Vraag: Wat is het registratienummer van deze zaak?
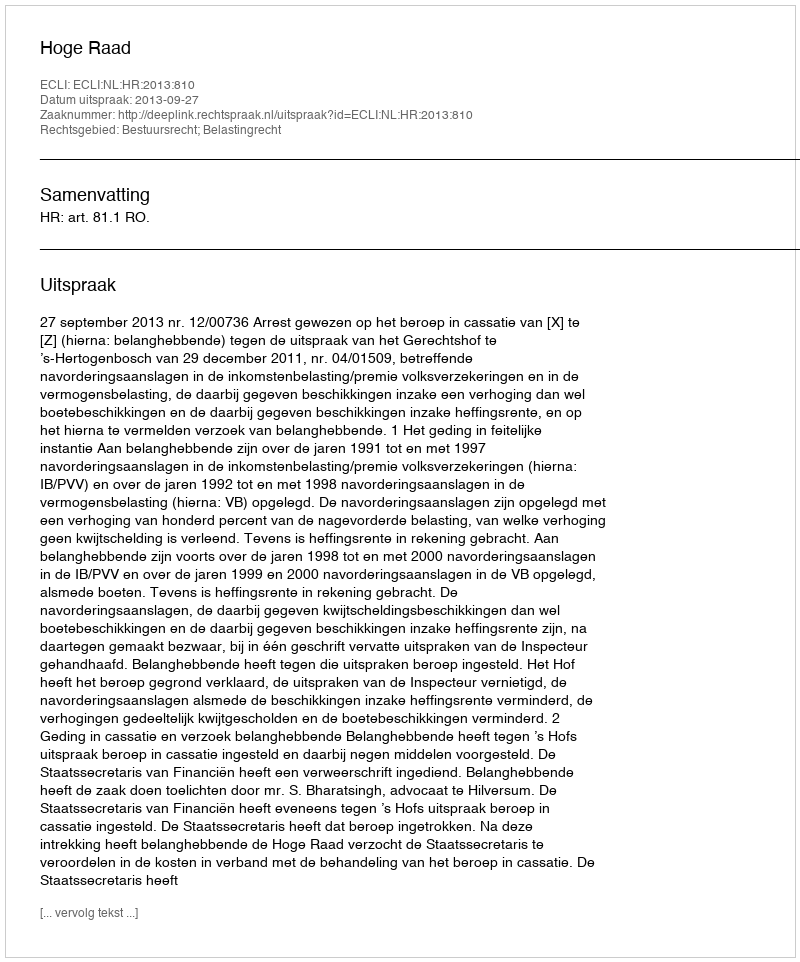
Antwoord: http://deeplink.rechtspraak.nl/uitspraak?id=ECLI:NL:HR:2013:810